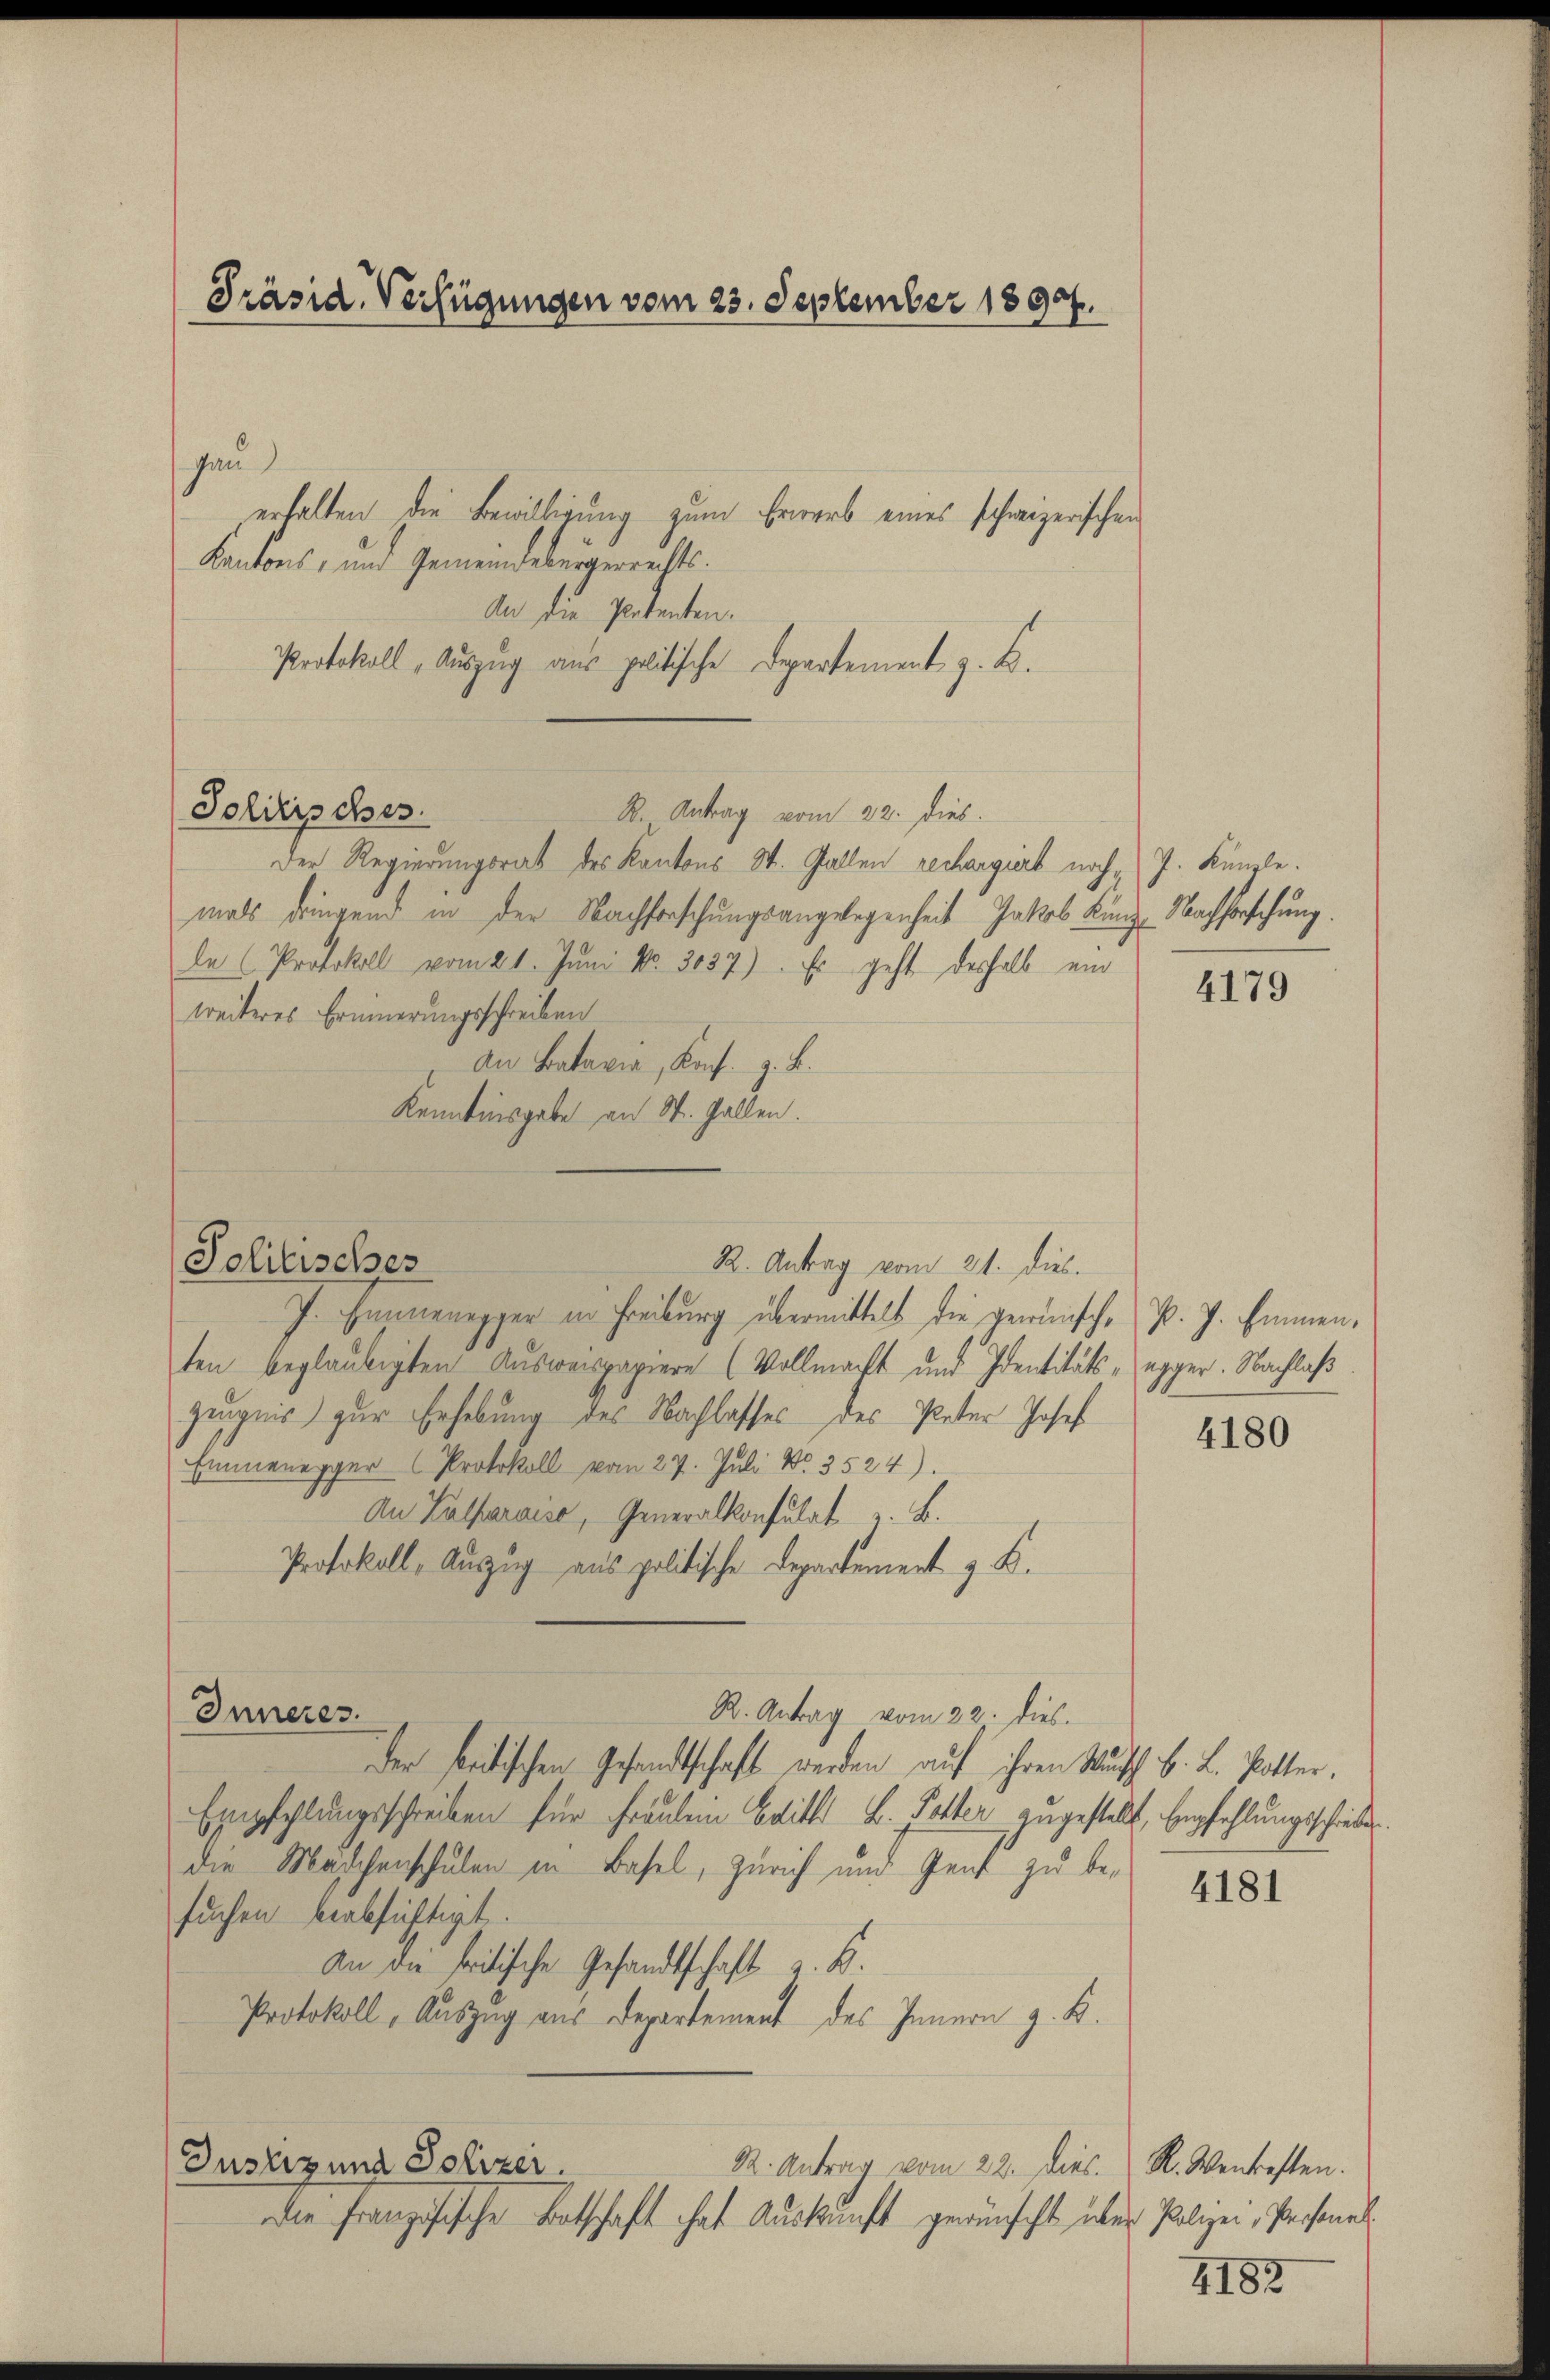
Präsid. Verfügungen vom 23. September 1890.

gau
erhalten die Bewilligung zum Erwerb eines schweizerischen
Kantons, und Gemeindebergerrechts¬
An die Petenten.
Protokoll, Auszug aus politische Departement z. B.
R. Antrag vom 22. dies.
Der Regierungsrat des Kantons St. Gallen rechargiert noch J. Künzle
mals dringend in der Nachforschungsangelegenheit Jakob Künze Nachforschung.
de (Protokoll vom 21. Juni No. 3087). Es geht deshalb ein
treiteres Erinnerungsschreiben
an Batavia, Kons. z. B.
Kenntnisgabe an St. Gallen.

Politisches

R. Antrag vom 21. dies.
Politisches

Inneres.

J. Finnenegger in Freiburg übermittelt die gewünsche P. J. Emmenten beglaubigten Ausweispapiere (Vollmacht und Identitäts-egger. Nachlaß
Zeugnis zur Erhebung des Nachlasses des Peter Josef
Emmenegger Protokoll vom 27. Juli Nr. 3524).
An Palfaraise, Generalkonsulat z. B.
Protokoll, Auszug aus politische Departement z. B.
R. Antrag vom 22. dies.
der seitischen Gesandtschaft werden auf ihren Wunsch B. L. Potter,
Empfehlungsschreiben für Fräulein Bitts B. Potter zugestellt, Empfehlungsschreiber
die Maschenschulen in Basel, Zürich und Genf zu besuchen beabsichtigt.
An die tritische Gesandtschaft z. B.
Protokoll, Auszug aus Departement des Innern z. B.
Justiz und Polizei.
82. Antrag vom 22. dies. R. Wentesten.
der Französische Entschaft hat Auskunft gewünscht über Polizei, Personal

4179

4180

4181

4183